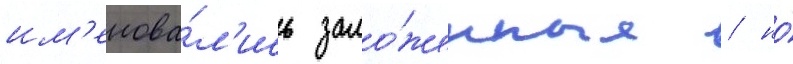
им'енова́л'ись зало́женные / но́